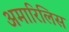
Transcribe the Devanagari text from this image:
अमारिलिस